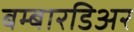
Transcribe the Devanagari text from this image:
बम्बारडिअर